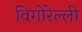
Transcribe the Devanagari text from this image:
विगोरेल्ली